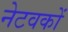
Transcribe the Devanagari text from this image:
नेटवकों